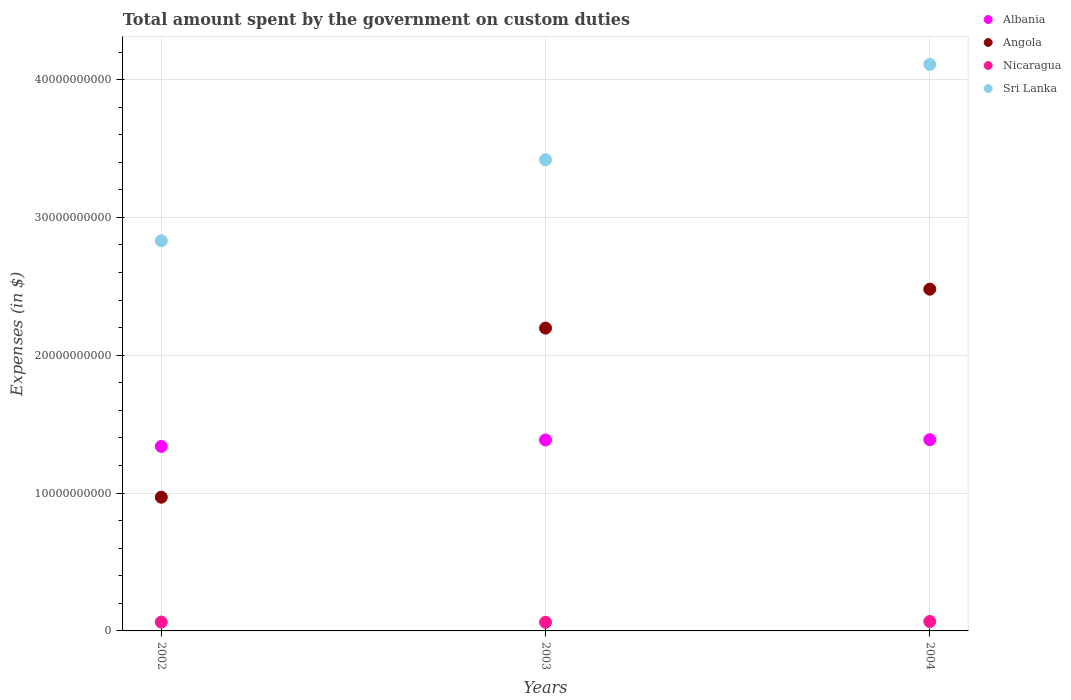
| Years | Albania | Angola | Nicaragua | Sri Lanka |
 | --- | --- | --- | --- | --- |
 | 2002 | 1.34e+10 | 9.7e+09 | 6.42e+08 | 2.83e+10 |
 | 2003 | 1.39e+10 | 2.2e+10 | 6.28e+08 | 3.42e+10 |
 | 2004 | 1.39e+10 | 2.48e+10 | 6.84e+08 | 4.11e+10 |